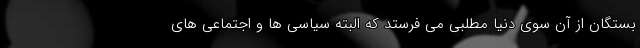
بستگان از آن سوی دنیا مطلبی می فرستد که البته سیاسی ها و اجتماعی های